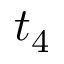
t _ { 4 }